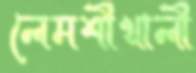
লেমশীখালী